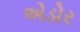
એડોર